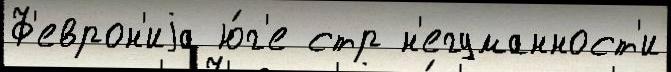
Ф'еврон'иjа ю́г'е стр н'егуманност'и